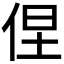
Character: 𱎰